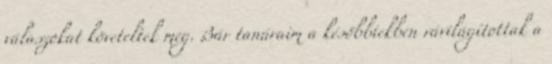
válaszokat követeltek meg. Bár tanáraim a későbbiekben rávilágítottak a